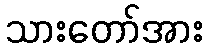
သားတော်အား